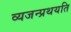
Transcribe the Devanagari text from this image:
व्यजन्प्रथयति